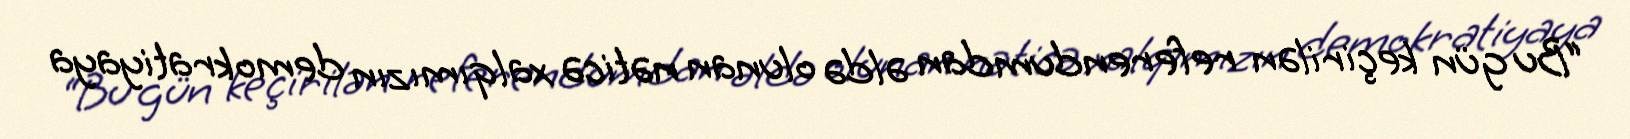
“Bu gün keçirilən referendumdan əldə olunan nəticə xalqımızın demokratiyaya